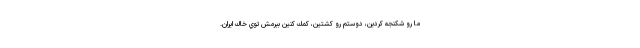
ما رو شكنجه كردين، دوستم رو كشتين، كمك كنين ببرمش توي خاك ايران.